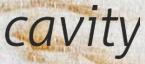
cavity